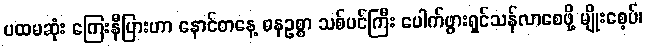
ပထမဆုံး ကြေးနီပြားဟာ နောင်တနေ့ ဓနဥစ္စာ သစ်ပင်ကြီး ပေါက်ဖွားရှင်သန်လာစေဖို့ မျိုးစေ့ပ်၊